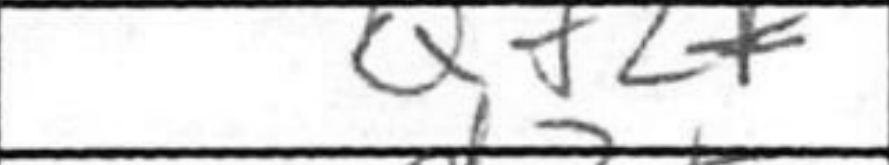
Transcription: Qf2+